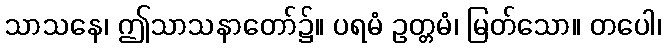
သာသနေ၊ ဤသာသနာတော်၌။ ပရမံ ဥတ္တမံ၊ မြတ်သော။ တပေါ၊